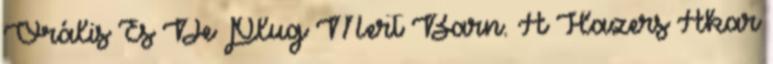
Orális És De Plug Mert Barn. A Hazers Akar